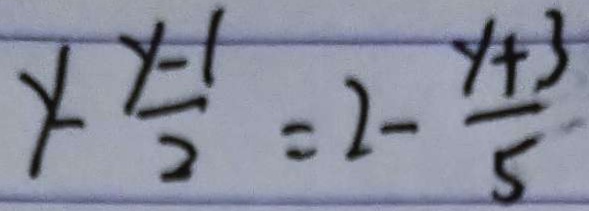
y - \frac { y - 1 } { 2 } = 2 - \frac { y + 3 } { 5 }